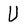
Character: U